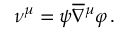
\nu ^ { \mu } = \psi \overline { { \nabla } } { ^ \mu } \varphi \, .